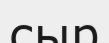
сыр